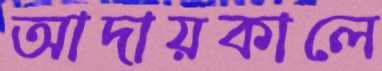
আদায়কালে